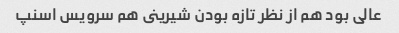
عالى بود هم از نظر تازه بودن شیرینى هم سرویس اسنپ